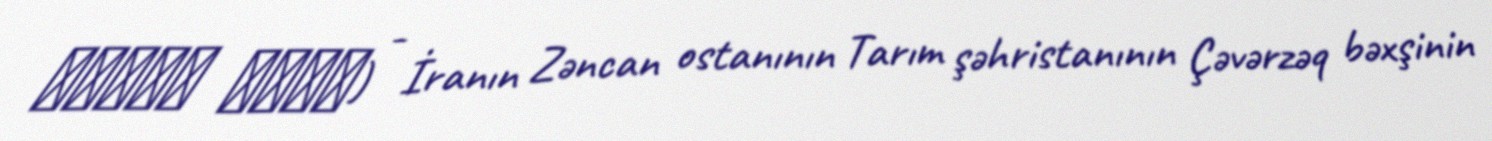
شقاقی جزلا) - İranın Zəncan ostanının Tarım şəhristanının Çəvərzəq bəxşinin